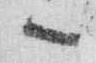
一